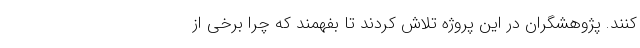
کنند. پژوهشگران در این پروژه تلاش کردند تا بفهمند که چرا برخی از